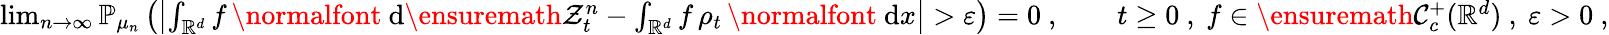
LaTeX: \begin{array}{r}{\operatorname*{lim}_{n\to\infty}{\mathbb P}_{\mu_{n}}\left(\left|\int_{{\mathbb R}^{d}}f\, \mathrm{\normalfont~d}\ensuremath{\mathcal Z}_{t}^{n}-\int_{{\mathbb R}^{d}}f\, \rho_{t}\, \mathrm{\normalfont~d}x\right|>\varepsilon\right)=0\ ,\qquad t\ge 0\ ,\ f\in\ensuremath{\mathcal C}_{c}^{+}({\mathbb R}^{d})\ ,\ \varepsilon>0\ ,}\end{array}